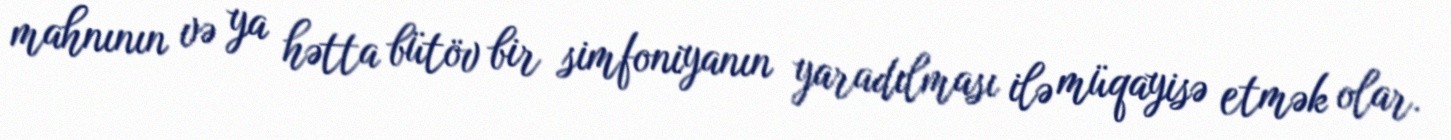
mahnının və ya hətta bütöv bir simfoniyanın yaradılması ilə müqayisə etmək olar.